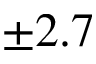
\pm 2 . 7